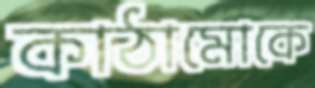
কাঠামোকে